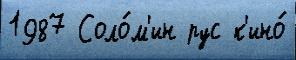
1987 Соло́м'ин рус к'ино́